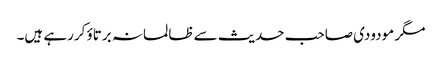
مگر مودودی صاحب حدیث سے ظالمانہ برتاؤ کررہے ہیں۔